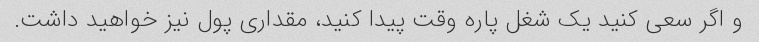
و اگر سعی کنید یک شغل پاره وقت پیدا کنید، مقداری پول نیز خواهید داشت.